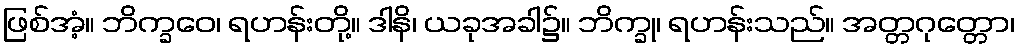
ဖြစ်အံ့။ ဘိက္ခဝေ၊ ရဟန်းတို့။ ဒါနိ၊ ယခုအခါ၌။ ဘိက္ခု၊ ရဟန်းသည်။ အတ္တဂုတ္တော၊